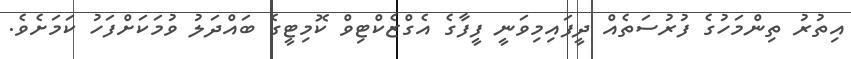
އިތުރު ތިންމަހުގެ ފުރުސަތެއް ދީފައިމިވަނީ ފީފާގެ އެގްޒެކްޓިވް ކޮމިޓީގެ ބައްދަލު ވުމަކަށްފަހު ކަމަށެވެ.